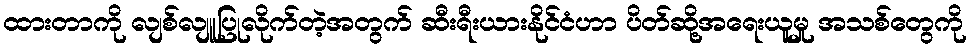
ထားတာကို လျစ်လျူပြုလိုက်တဲ့အတွက် ဆီးရီးယားနိုင်ငံဟာ ပိတ်ဆို့အရေးယူမှု အသစ်တွေကို